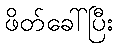
ဖိတ်ခေါ်ပြီး